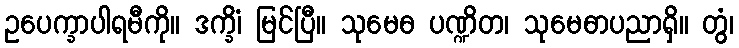
ဥပေက္ခာပါရမီကို။ ဒက္ခိံ၊ မြင်ပြီ။ သုမေဓ ပဏ္ဍိတ၊ သုမေဓာပညာရှိ။ တွံ၊